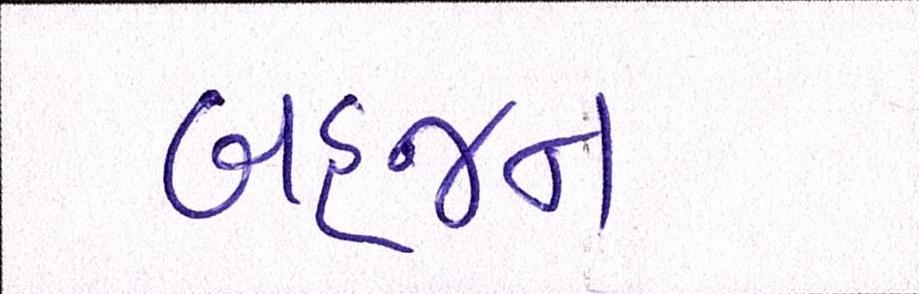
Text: બહજન